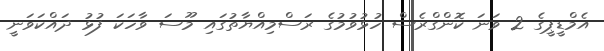
އެމްޑީޕީގެ 2 ވަނަ ކޮންގްރެސް ހުޅުވުމުގެ ރަސްމިއްޔާތުގައި މޫސަ ވާހަކަ ފުޅު ދައްކަވަނީ